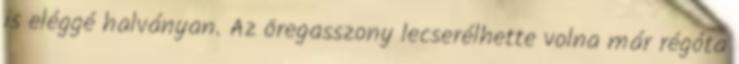
is eléggé halványan. Az öregasszony lecserélhette volna már régóta